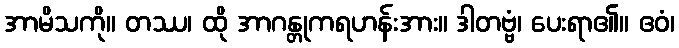
အာမိသကို။ တဿ၊ ထို အာဂန္တုကရဟန်းအား။ ဒါတဗ္ဗံ၊ ပေးရာ၏။ ဧဝံ၊